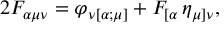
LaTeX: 2 F _ { \alpha \mu \nu } = \varphi _ { \nu [ \alpha ; \mu ] } + F _ { [ \alpha } \, \eta _ { \mu ] \nu } ,